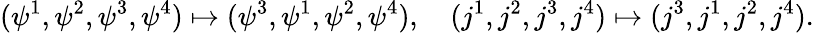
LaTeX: (\psi^{1},\psi^{2},\psi^{3},\psi^{4})\mapsto(\psi^{3},\psi^{1},\psi^{2},\psi^{4}),\quad(j^{1},j^{2},j^{3},j^{4})\mapsto(j^{3},j^{1},j^{2},j^{4}).